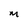
Character: M